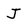
Character: J